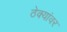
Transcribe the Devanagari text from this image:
ठेक्यांवर